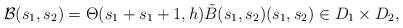
LaTeX: \begin{align*} \mathcal{B}(s_1,s_2) = \Theta(s_1+s_1+1,h) \tilde{B}(s_1,s_2) (s_1,s_2) \in D_1 \times D_2,\end{align*}